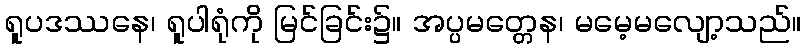
ရူပဒဿနေ၊ ရူပါရုံကို မြင်ခြင်း၌။ အပ္ပမတ္တေန၊ မမေ့မလျော့သည်။